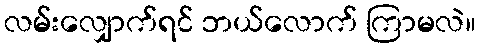
လမ်းလျှောက်ရင် ဘယ်လောက် ကြာမလဲ။